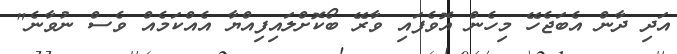
އަދި ދާން އެބަޖެހޭ މިހެން އޮވެފައި ވާރޭ ބޯކޮށްލައިފިއްޔާ އެއްކަމެއް ވެސް ނުވާނެ"